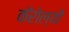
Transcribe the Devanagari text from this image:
कॅरोल्यी